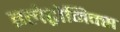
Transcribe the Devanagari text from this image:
इलेट्रोनिक्स